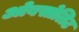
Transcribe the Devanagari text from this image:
ओबसोलिट